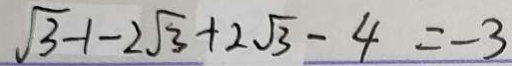
\sqrt { 3 } - 1 - 2 \sqrt { 3 } + 2 \sqrt { 3 } - 4 = - 3